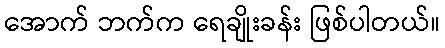
အောက် ဘက်က ရေချိုးခန်း ဖြစ်ပါတယ်။